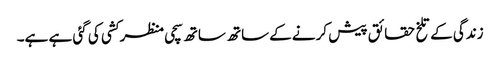
زندگی کے تلخ حقائق پیش کرنے کےساتھ ساتھ سچی منظر کشی کی گئی ہے ہے۔